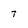
Character: 7